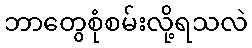
ဘာတွေစုံစမ်းလို့ရသလဲ